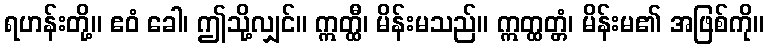
ရဟန်းတို့။ ဧဝံ ခေါ၊ ဤသို့လျှင်။ ဣတ္ထီ၊ မိန်းမသည်။ ဣတ္ထတ္တံ၊ မိန်းမ၏ အဖြစ်ကို။